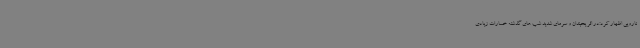
نارویی اظهار کرد:در اثر یخبندان و سرمای شدید شب های گذشته خسارات زیادی